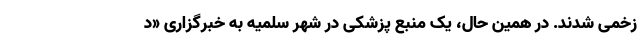
زخمی شدند. در همین حال، یک منبع پزشکی در شهر سلمیه به خبرگزاری «د